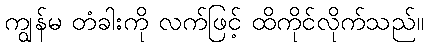
ကျွန်မ တံခါးကို လက်ဖြင့် ထိကိုင်လိုက်သည်။